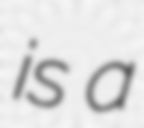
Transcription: is a